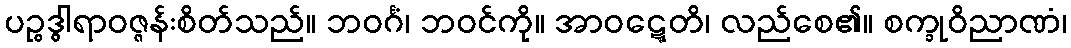
ပဉ္စဒွါရာဝဇ္ဇန်းစိတ်သည်။ ဘဝင်္ဂံ၊ ဘဝင်ကို။ အာဝဋ္ဋေတိ၊ လည်စေ၏။ စက္ခုဝိညာဏံ၊